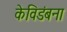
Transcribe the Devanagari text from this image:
केविडंबना